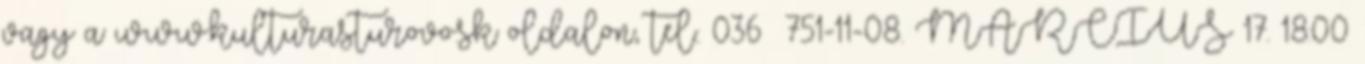
vagy a www.kulturasturovo.sk oldalon, tel.: 036 751-11-08. MÁRCIUS 17. 18:00